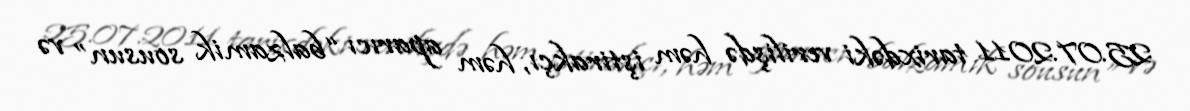
25.07.2011 tarixdəki verilişdə həm iştirakçı, həm aparıcı “balzamik sousun” və